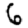
Digit: 6